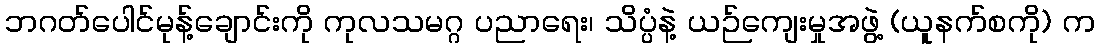
ဘဂတ်ပေါင်မုန့်ချောင်းကို ကုလသမဂ္ဂ ပညာရေး၊ သိပ္ပံနဲ့ ယဉ်ကျေးမှုအဖွဲ့ (ယူနက်စကို) က